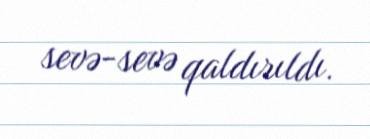
sevə-sevə qaldırıldı.